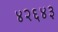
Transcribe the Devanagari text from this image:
४२६४३